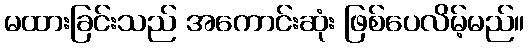
မထားခြင်းသည် အကောင်းဆုံး ဖြစ်ပေလိမ့်မည်။